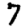
Digit: 7